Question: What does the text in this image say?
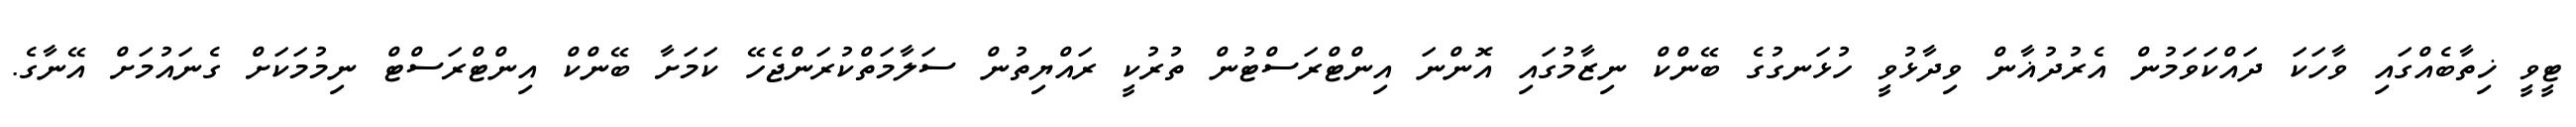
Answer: ޓީވީ ޚިތާބެއްގައި ވާހަކަ ދައްކަވަމުން އެރުދުޣާން ވިދާޅުވީ ހުޅަނގުގެ ބޭންކް ނިޒާމުގައި އޮންނަ އިންޓްރަސްޓުން ތުރުކީ ރައްޔިތުން ސަލާމަތްކުރަންޖެހޭ ކަމަށާ ބޭންކް އިންޓްރަސްޓް ނިމުމަކަށް ގެނައުމަށް އޭނާގެ.